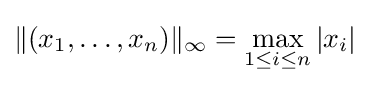
\|(x_{1},\ldots ,x_{n})\|_{\infty }=\max _{1\leq i\leq n}|x_{i}|